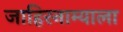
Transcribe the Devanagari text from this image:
जाहिरनाम्याला